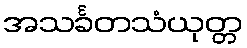
အသင်္ခတသံယုတ္တ